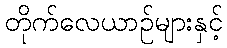
တိုက်လေယာဉ်များနှင့်